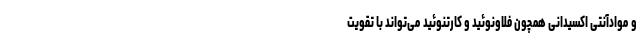
و موادآنتی اکسیدانی همچون فلاونوئید و کارتنوئید می‌تواند با تقویت